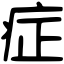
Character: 症